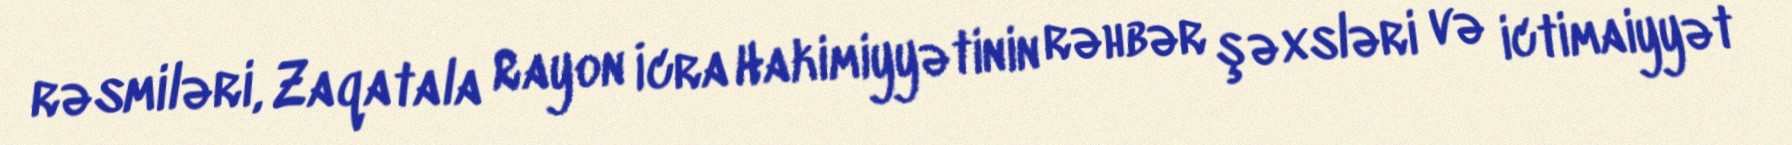
rəsmiləri, Zaqatala Rayon İcra Hakimiyyətinin rəhbər şəxsləri və ictimaiyyət